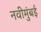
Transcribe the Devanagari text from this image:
नवीमुंबई